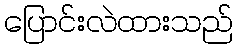
ပြောင်းလဲထားသည်